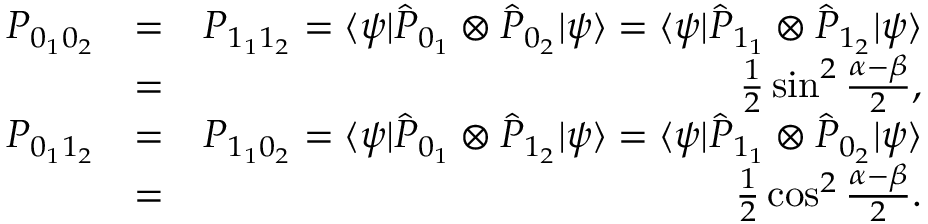
\begin{array} { r l r } { P _ { 0 _ { 1 } 0 _ { 2 } } } & { = } & { P _ { 1 _ { 1 } 1 _ { 2 } } = \langle \psi | \hat { P } _ { 0 _ { 1 } } \otimes \hat { P } _ { 0 _ { 2 } } | \psi \rangle = \langle \psi | \hat { P } _ { 1 _ { 1 } } \otimes \hat { P } _ { 1 _ { 2 } } | \psi \rangle } \\ & { = } & { \frac { 1 } { 2 } \sin ^ { 2 } \frac { \alpha - \beta } { 2 } , } \\ { P _ { 0 _ { 1 } 1 _ { 2 } } } & { = } & { P _ { 1 _ { 1 } 0 _ { 2 } } = \langle \psi | \hat { P } _ { 0 _ { 1 } } \otimes \hat { P } _ { 1 _ { 2 } } | \psi \rangle = \langle \psi | \hat { P } _ { 1 _ { 1 } } \otimes \hat { P } _ { 0 _ { 2 } } | \psi \rangle } \\ & { = } & { \frac { 1 } { 2 } \cos ^ { 2 } \frac { \alpha - \beta } { 2 } . } \end{array}